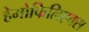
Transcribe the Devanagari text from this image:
हेमोफिलिएक्स